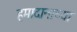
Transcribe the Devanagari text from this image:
हमादानाच्या